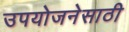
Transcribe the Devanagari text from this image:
उपयोजनेसाठी